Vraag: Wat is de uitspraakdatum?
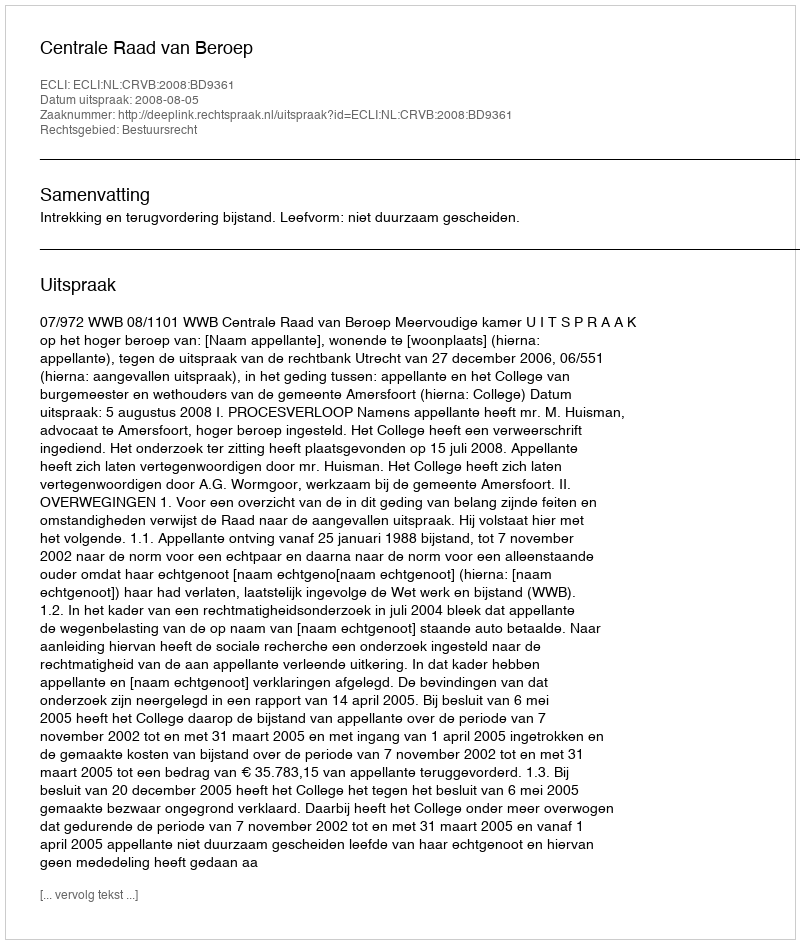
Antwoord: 2008-08-05